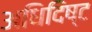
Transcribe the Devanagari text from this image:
अधिदिष्ट